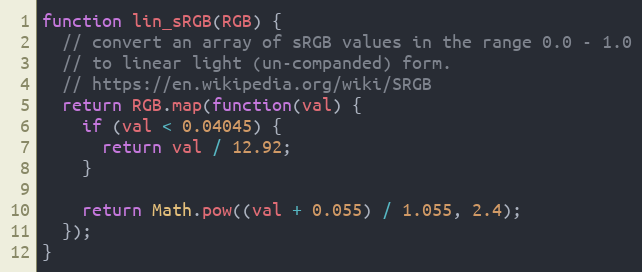
Language: JavaScript
function lin_sRGB(RGB) {
  // convert an array of sRGB values in the range 0.0 - 1.0
  // to linear light (un-companded) form.
  // https://en.wikipedia.org/wiki/SRGB
  return RGB.map(function(val) {
    if (val < 0.04045) {
      return val / 12.92;
    }

    return Math.pow((val + 0.055) / 1.055, 2.4);
  });
}